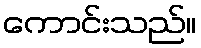
ကောင်းသည်။